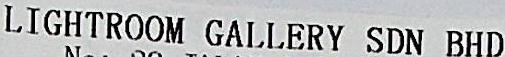
LIGHTROOM GALLERY SDN BHD